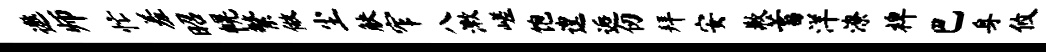
遨师忙羞昭幌繁做尘觖窄八漱嵯饱遑逅仞拜安歉蓄洋潦裨巴身攸